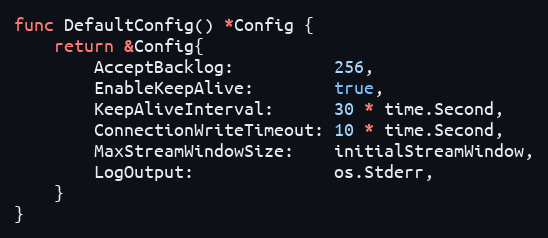
Language: Go
func DefaultConfig() *Config {
	return &Config{
		AcceptBacklog:          256,
		EnableKeepAlive:        true,
		KeepAliveInterval:      30 * time.Second,
		ConnectionWriteTimeout: 10 * time.Second,
		MaxStreamWindowSize:    initialStreamWindow,
		LogOutput:              os.Stderr,
	}
}